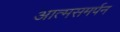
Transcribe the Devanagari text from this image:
आत्मसमर्पन